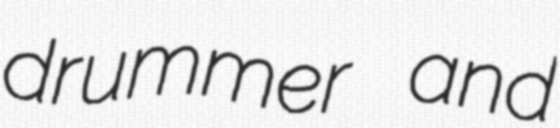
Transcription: drummer and